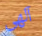
آلهى